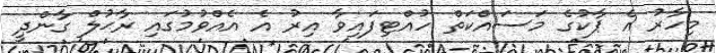
މިހާރު އެ ޕާކުގެ މަސައްކަތް ހުއްޓިފައިވާ އިރު އެ އެއްވުމުގައި ރާޙުލް ގާންދީ